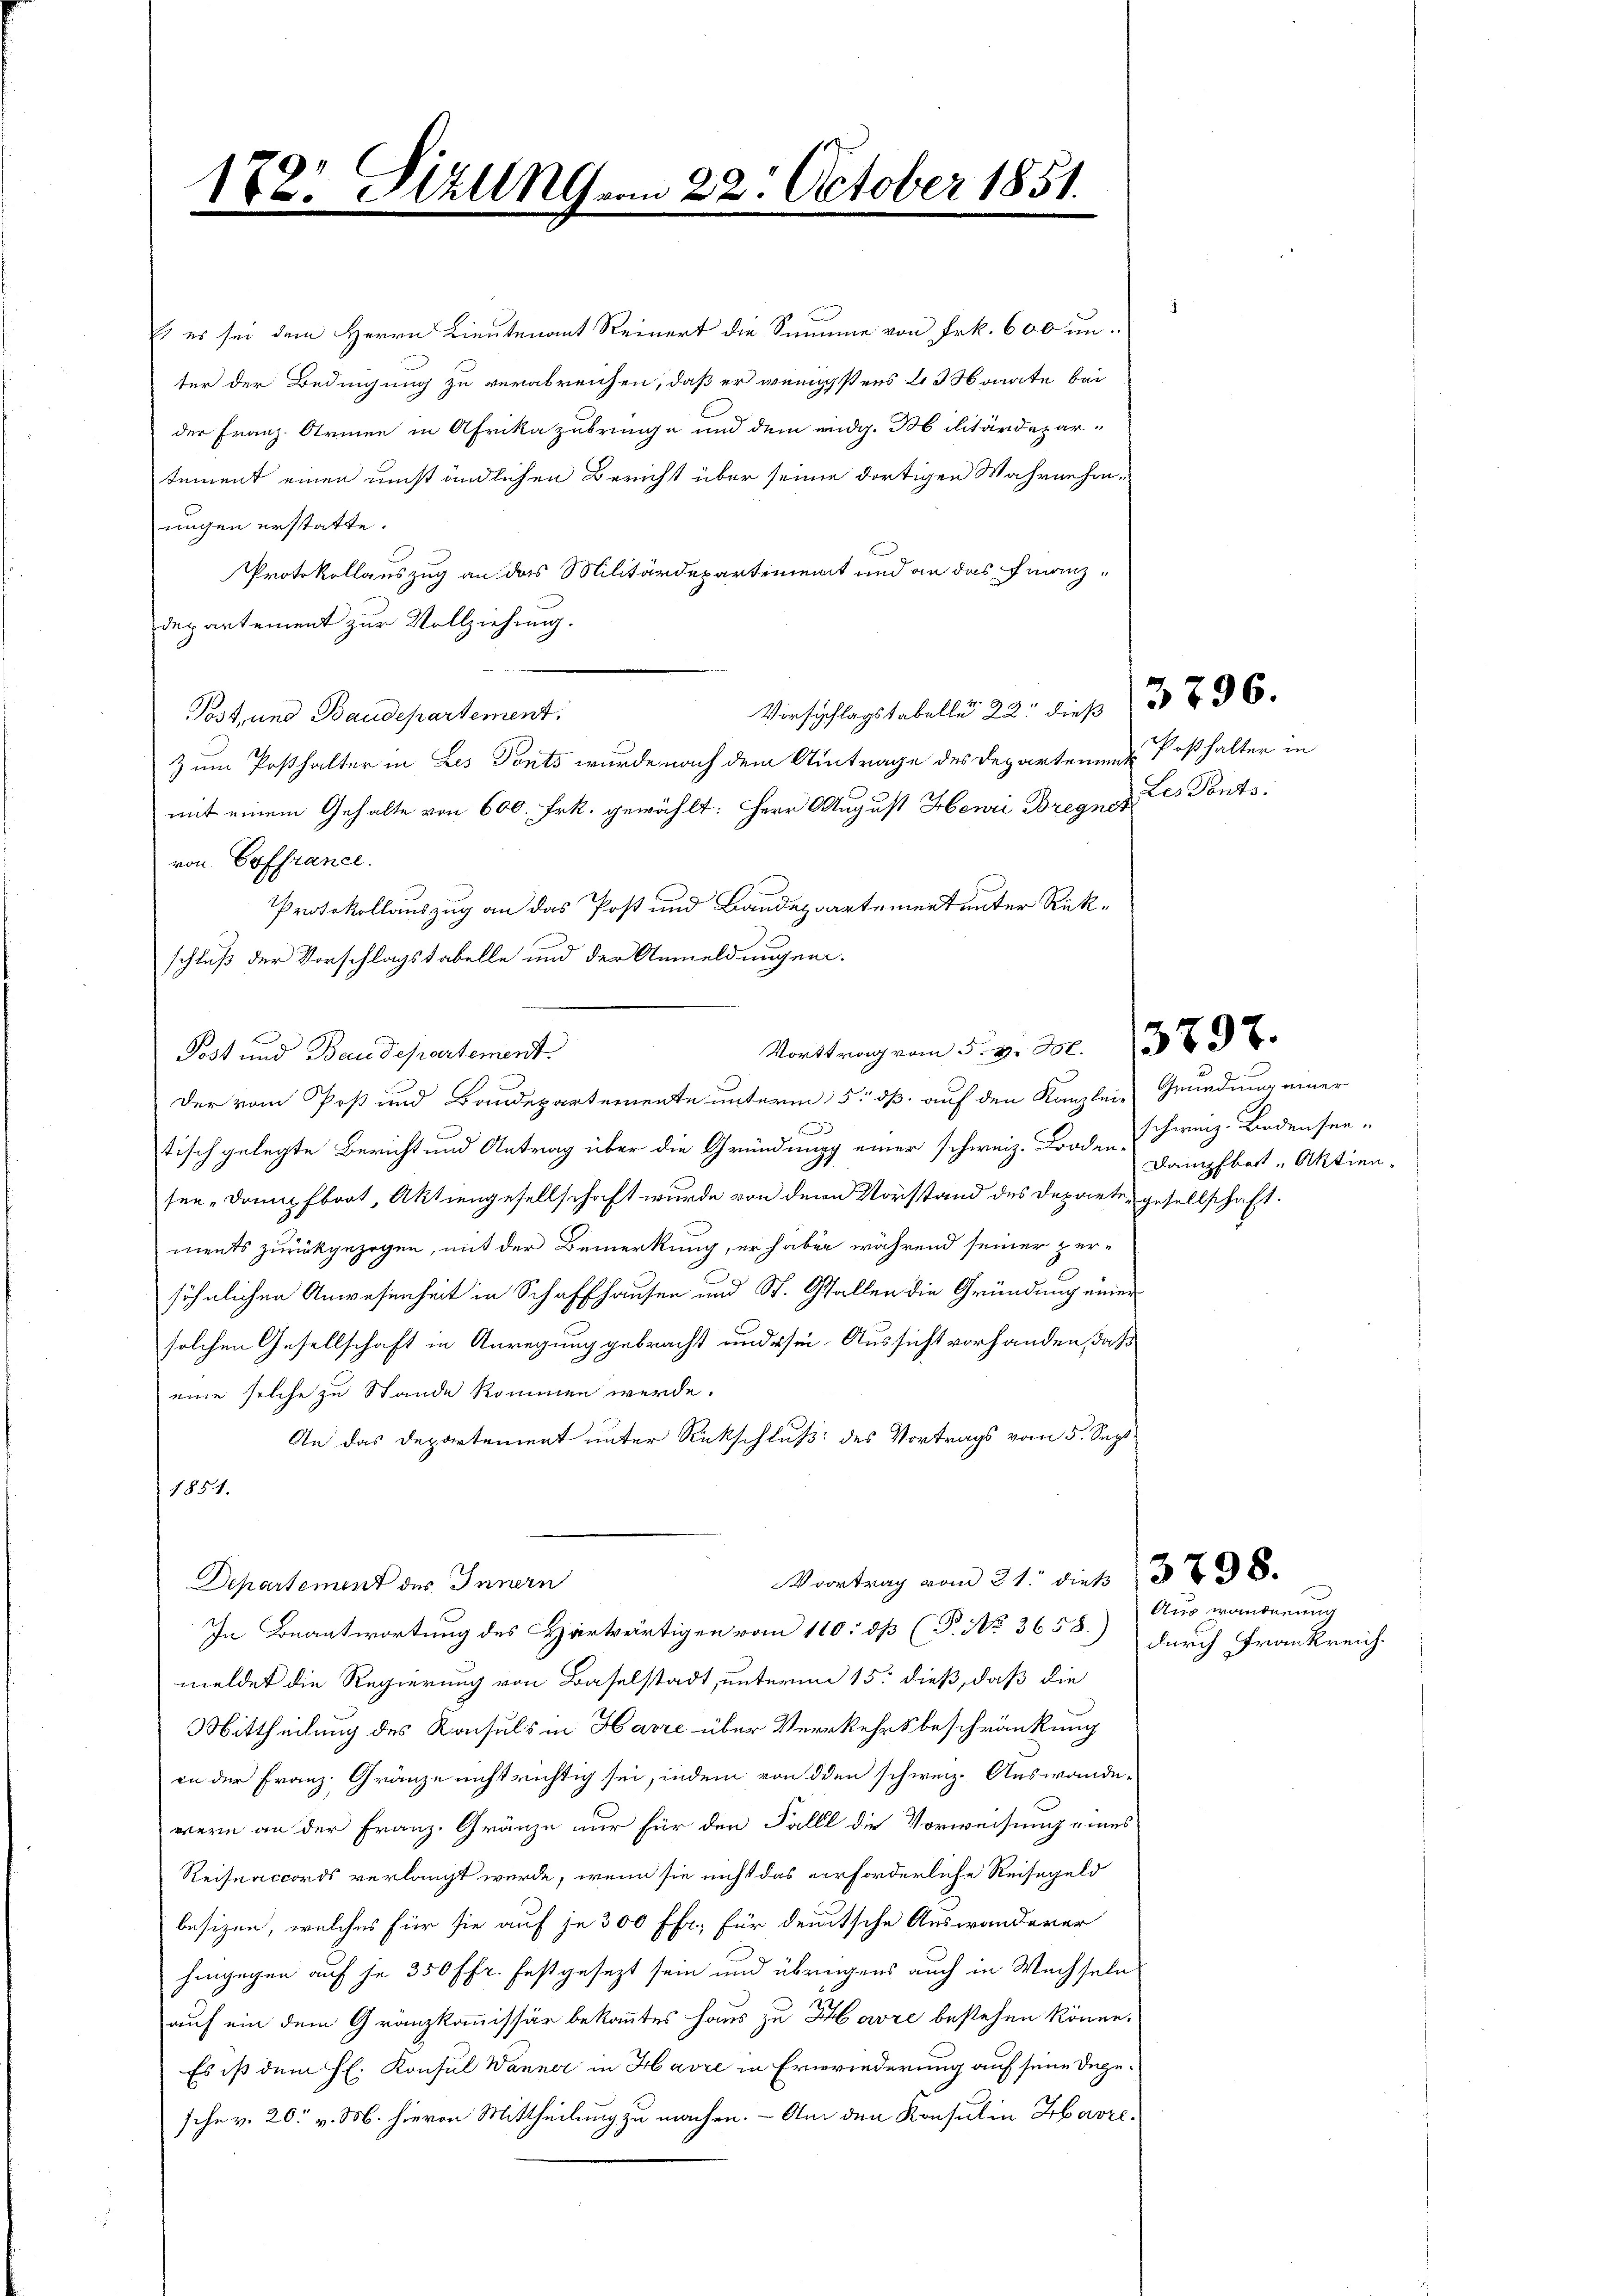
Sizung vom 22. October 1851.
182

Es es sei dem Herrn Lieutenant Reinert die Summe von Frk. 600 un
ter der Bedingung zu verabreichen, daß er wenigsstens 3 Monate bei
der Franz. Armen in Afrika zubringe und dem eidg. Bobilitärdepar-
tement einen umständlichen Bericht über seinen dortigen Wahrnehmungen erstatte.
Protokollauszug an das Militärdepartement und an das Finanzdepartement zur Vollziehung.
Tost, und Baudepartement.
Zum Posthalter in Les Tonts wurde nach dem Antrage des Departement Posthalter in
mit einem Gehalte von 600. Frk. gewählt: Herr August Henri Bregne des Ponts:
von Goffrance.
Protokollauszug an das Post und Baudepartement unter Rück¬
Post und Baudepartement.
Der vom Post und Baudepartemente unterm 5. dß auf den Kanzlei- Gründung einer
f
tisch gelegte Bericht und Antrag über die Gründung einer schweiz. Borden Freiz. Bodensee-
sen Dampfboot, Aktiengesellschaft wurde von dern Vorstand des Departe, gesellschaft.
ments zurückgezogen, mit der Bemerkung, er haben während seiner zer-
söhnlichen Anwesenheit in Schaffhausen und St. Gallen die Gründung einer
solchen Gesellschaft in Anregung gebracht und sei. Aussicht vorhanden, daß
eine solche zu Stande kommen werde.
An das Departement unter Rückschluß des Vortrags vom 5. Sept
1851.
Vortrag vom 21. dieß 18
Departement des Innern
In Beantwortung des Herwärtigen vom 110. dß (P. No 3658.
meldet die Regierung von Baselstadt, unterm 15. dieß, daß die
Mittheilung des Konsuls in Havre über Verkehrsbeschränkung
in der Franz-Gränze nicht richtig sei, indem von den schweiz. Auswande-
wern an der Franz. Gränze nur für den Falle die Vorweisung eines
Reihnaccords verlangt werde, wenn sie nicht das verforderliche Reisegeld
besizen, welches für sie auf je 300 ff., für deutsche Auswanderer
hingegen auf je 350 fr. festgesezt sein und übringens auch in Wechseln
auf ein dem Gränzkommissär bekanntes Haus zu Havre bestehen könne.
Es ist dem H. Konsul Wanner in Havre in Erwiederung auf seine degesche v. 20. v. M. hievon Mittheilung zu machen. - Am den Konsul in Havre¬

schluß der Vorschlagstabelle und der Anmeldungen.
Vortrag vom 5. v. 206. 13797.

Vorschlagstabelle 22 dieß 3796.

Dampfbett, Aktien¬

Auswanderung
durch Frankreich.